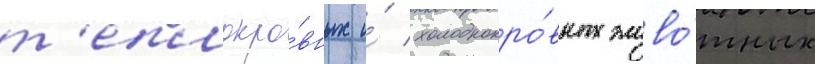
т'еплокро́вных и́ холоднокро́вных живо́тных